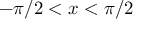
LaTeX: - \pi / 2 < x < \pi / 2